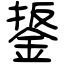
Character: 鋬